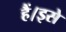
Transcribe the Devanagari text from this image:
हैं।इसे